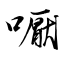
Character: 嚈